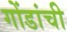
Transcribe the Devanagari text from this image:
गोंडांची